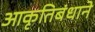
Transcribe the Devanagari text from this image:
आकृतिबंधाने